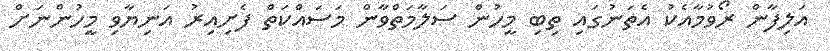
އަލިފާން ރޯވުމާއެކު އެތަނުގައި ތިބި މީހުން ސަލާމަތްވާން މަސައްކަތް ފެށިއިރު އަނިޔާވި މީހުންނަށް